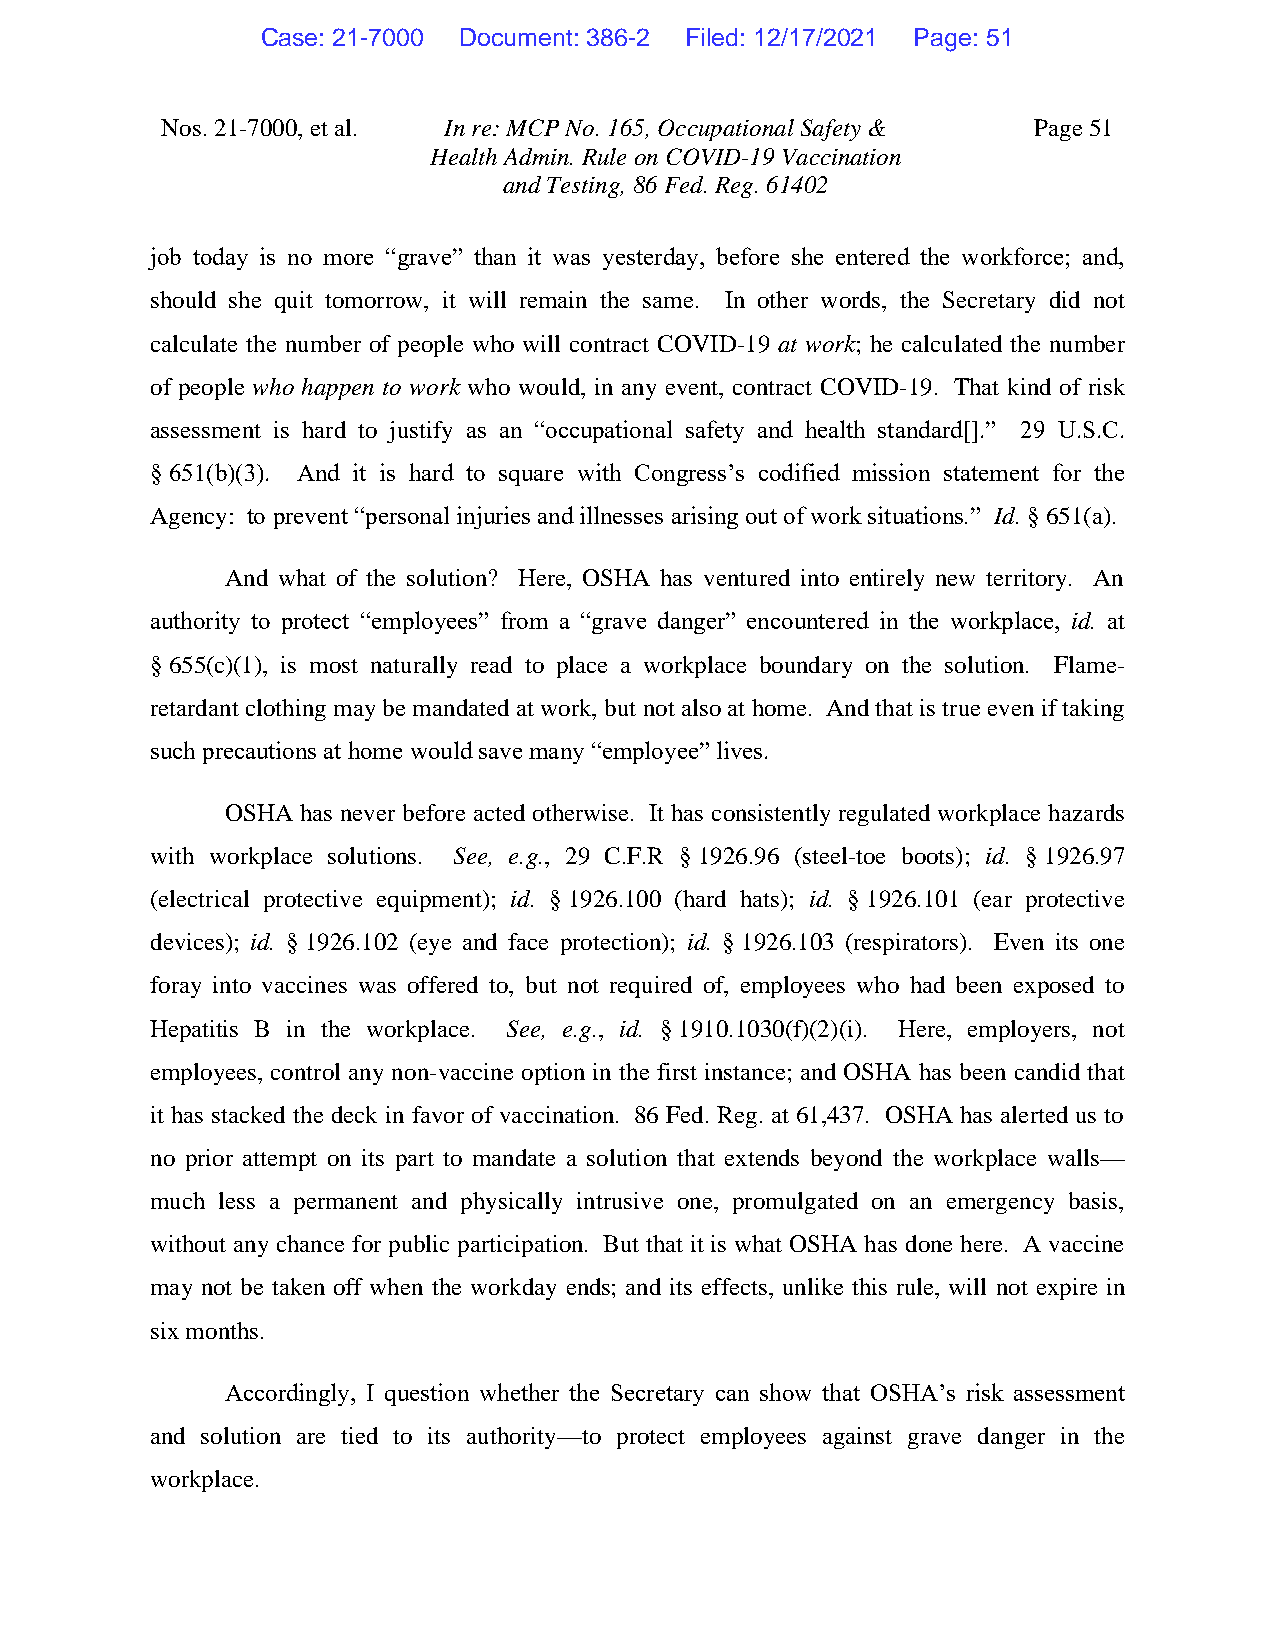
Case: 21-7000 Document: 386-2 Filed: 12/17/2021 Page: 51
 Nos. 21-7000, et al. In re: MCP No. 165, Occupational Safety & Page 51
 Health Admin. Rule on COVID-19 Vaccination
 and Testing, 86 Fed. Reg. 61402
 job today is no more “grave” than it was yesterday, before she entered the workforce; and,
 should she quit tomorrow, it will remain the same. In other words, the Secretary did not
 calculate the number of people who will contract COVID-19 at work; he calculated the number
 of people who happen to work who would, in any event, contract COVID-19. That kind of risk
 assessment is hard to justify as an “occupational safety and health standard[].” 29 U.S.C.
 § 651(b)(3). And it is hard to square with Congress’s codified mission statement for the
 Agency: to prevent “personal injuries and illnesses arising out of work situations.” Id. § 651(a).
 And what of the solution? Here, OSHA has ventured into entirely new territory. An
 authority to protect “employees” from a “grave danger” encountered in the workplace, id. at
 § 655(c)(1), is most naturally read to place a workplace boundary on the solution. Flame-
 retardant clothing may be mandated at work, but not also at home. And that is true even if taking
 such precautions at home would save many “employee” lives.
 OSHA has never before acted otherwise. It has consistently regulated workplace hazards
 with workplace solutions. See, e.g., 29 C.F.R § 1926.96 (steel-toe boots); id. § 1926.97
 (electrical protective equipment); id. § 1926.100 (hard hats); id. § 1926.101 (ear protective
 devices); id. § 1926.102 (eye and face protection); id. § 1926.103 (respirators). Even its one
 foray into vaccines was offered to, but not required of, employees who had been exposed to
 Hepatitis B in the workplace. See, e.g., id. § 1910.1030(f)(2)(i). Here, employers, not
 employees, control any non-vaccine option in the first instance; and OSHA has been candid that
 it has stacked the deck in favor of vaccination. 86 Fed. Reg. at 61,437. OSHA has alerted us to
 no prior attempt on its part to mandate a solution that extends beyond the workplace walls—
 much less a permanent and physically intrusive one, promulgated on an emergency basis,
 without any chance for public participation. But that it is what OSHA has done here. A vaccine
 may not be taken off when the workday ends; and its effects, unlike this rule, will not expire in
 six months.
 Accordingly, I question whether the Secretary can show that OSHA’s risk assessment
 and solution are tied to its authority—to protect employees against grave danger in the
 workplace.